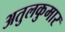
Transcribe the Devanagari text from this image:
अतुलकुमार